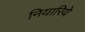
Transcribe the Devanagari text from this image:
नियारिये